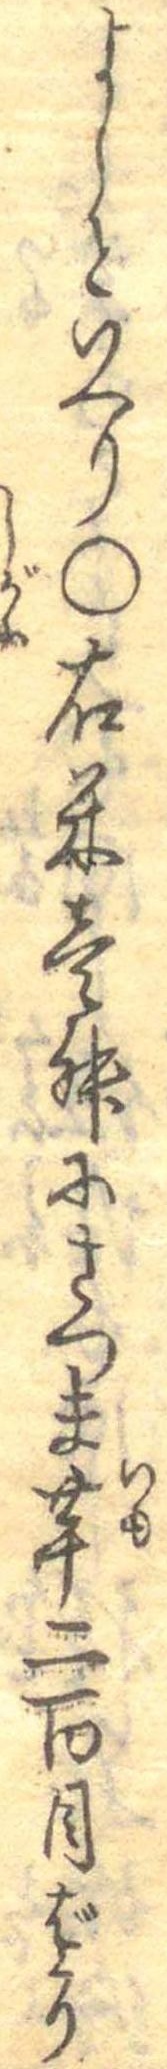
よしといへり○右米壱舛にさつま芋二百目ばかり